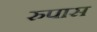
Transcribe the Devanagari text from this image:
रुपास